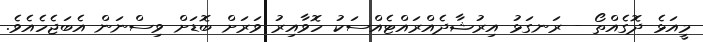
މީއަޅެ ދޮގެއްތޯ - ރަނގަޅު އިރުޝާދެއްރައްޓެއްސަކު ހޮވާއިރު ވަރަށް ބޮޑަށް ވިސްނަން އެބަޖެހެއެވެ.